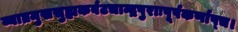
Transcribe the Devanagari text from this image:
व्याघ्रमुखसुह्मकर्वटचान्द्रपुराःषूर्पकर्णाष्च।